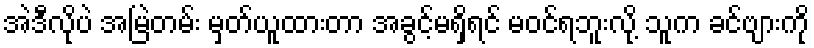
အဲဒီလိုပဲ အမြဲတမ်း မှတ်ယူထားတာ အခွင့်မရှိရင် မဝင်ရဘူးလို့ သူက ခင်ဗျားကို